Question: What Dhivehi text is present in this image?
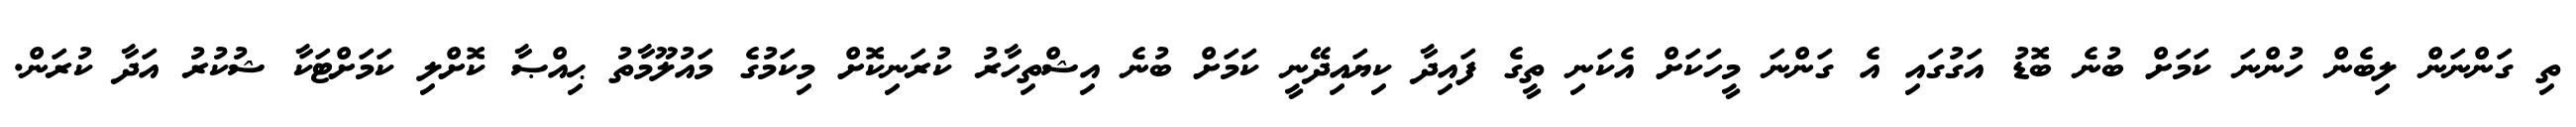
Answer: ތި ގަންނަން ލިބެން ހުންނަ ކަމަށް ބުނެ ބޮޑު އަގުގައި އެ ގަންނަ މީހަކަށް އެކަނި ތީގެ ފައިދާ ކިޔައިދޭނީ ކަމަށް ބުނެ އިޝްތިހާރު ކުރަނިކޮށް މިކަމުގެ މައުލޫމާތު ޙިއްޞާ ކޮށްލި ކަމަށްޓަކާ ޝުކުރު އަދާ ކުރަން.